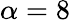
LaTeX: \alpha=8